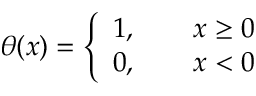
\theta ( x ) = \left\{ { \begin{array} { l l } { 1 , \qquad x \geq 0 } \\ { 0 , \qquad x < 0 } \end{array} } \right.